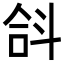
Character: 𣁴